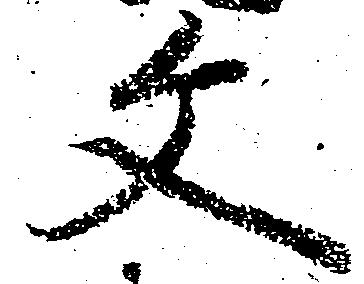
文